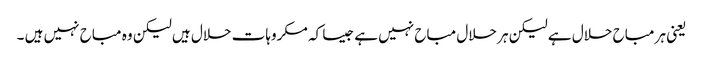
یعنی ہر مباح حلال ہے لیکن ہر حلال مباح نہیں ہے جیسا کہ مکروہات حلال ہیں لیکن وہ مباح نہیں ہیں ۔